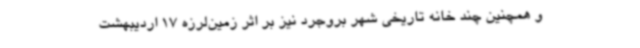
و همچنین چند خانه تاریخی شهر بروجرد نیز بر اثر زمین‌لرزه 17 اردیبهشت